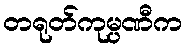
တရုတ်ကုမ္ပဏီက